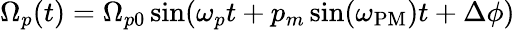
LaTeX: \Omega_{p}(t)=\Omega_{p0}\sin(\omega_{p}t+p_{m}\sin(\omega_{\mathrm{PM}})t+\Delta\phi)